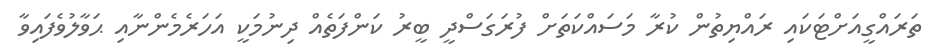
ތަރައްގީއަށްޓަކައި ރައްޔިތުން ކުރާ މަސައްކަތަށް ފުރަގަސްދީ ބީރު ކަންފަތެއް ދިނުމަކީ އަހަރެެމެންނާއި ޙަވާލުވެފައިވާ